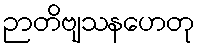
ဉာတိဗျသနဟေတု